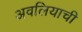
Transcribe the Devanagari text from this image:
अवलियाची